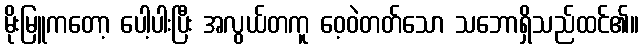
မိုးမြူကတော့ ပေါ့ပါးပြီး အလွယ်တကူ ဝေ့ဝဲတတ်သော သဘောရှိသည်ထင်၏။